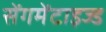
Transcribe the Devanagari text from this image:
सेंगमेंटाइज्ड